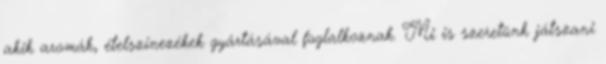
akik aromák, ételszínezékek gyártásával foglalkoznak. Mi is szeretünk játszani